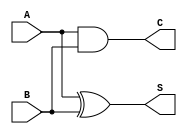
`timescale 1ns / 1ps
//////////////////////////////////////////////////////////////////////////////////
// Company: 
// Engineer: 
// 
// Design Name: 
// Module Name:    HalfAdder 
// Project Name: 
// Target Devices: 
// Tool versions: 
// Description: 
//
// Dependencies: 
//
// Revision: 
// Revision 0.01 - File Created
// Additional Comments: 
//
//////////////////////////////////////////////////////////////////////////////////
module HalfAdder(
    input A,
    input B,
    output S,
    output C
    );
	 
xor(S,A,B);
and(C,A,B);

endmodule